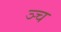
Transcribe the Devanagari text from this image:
ञ्च